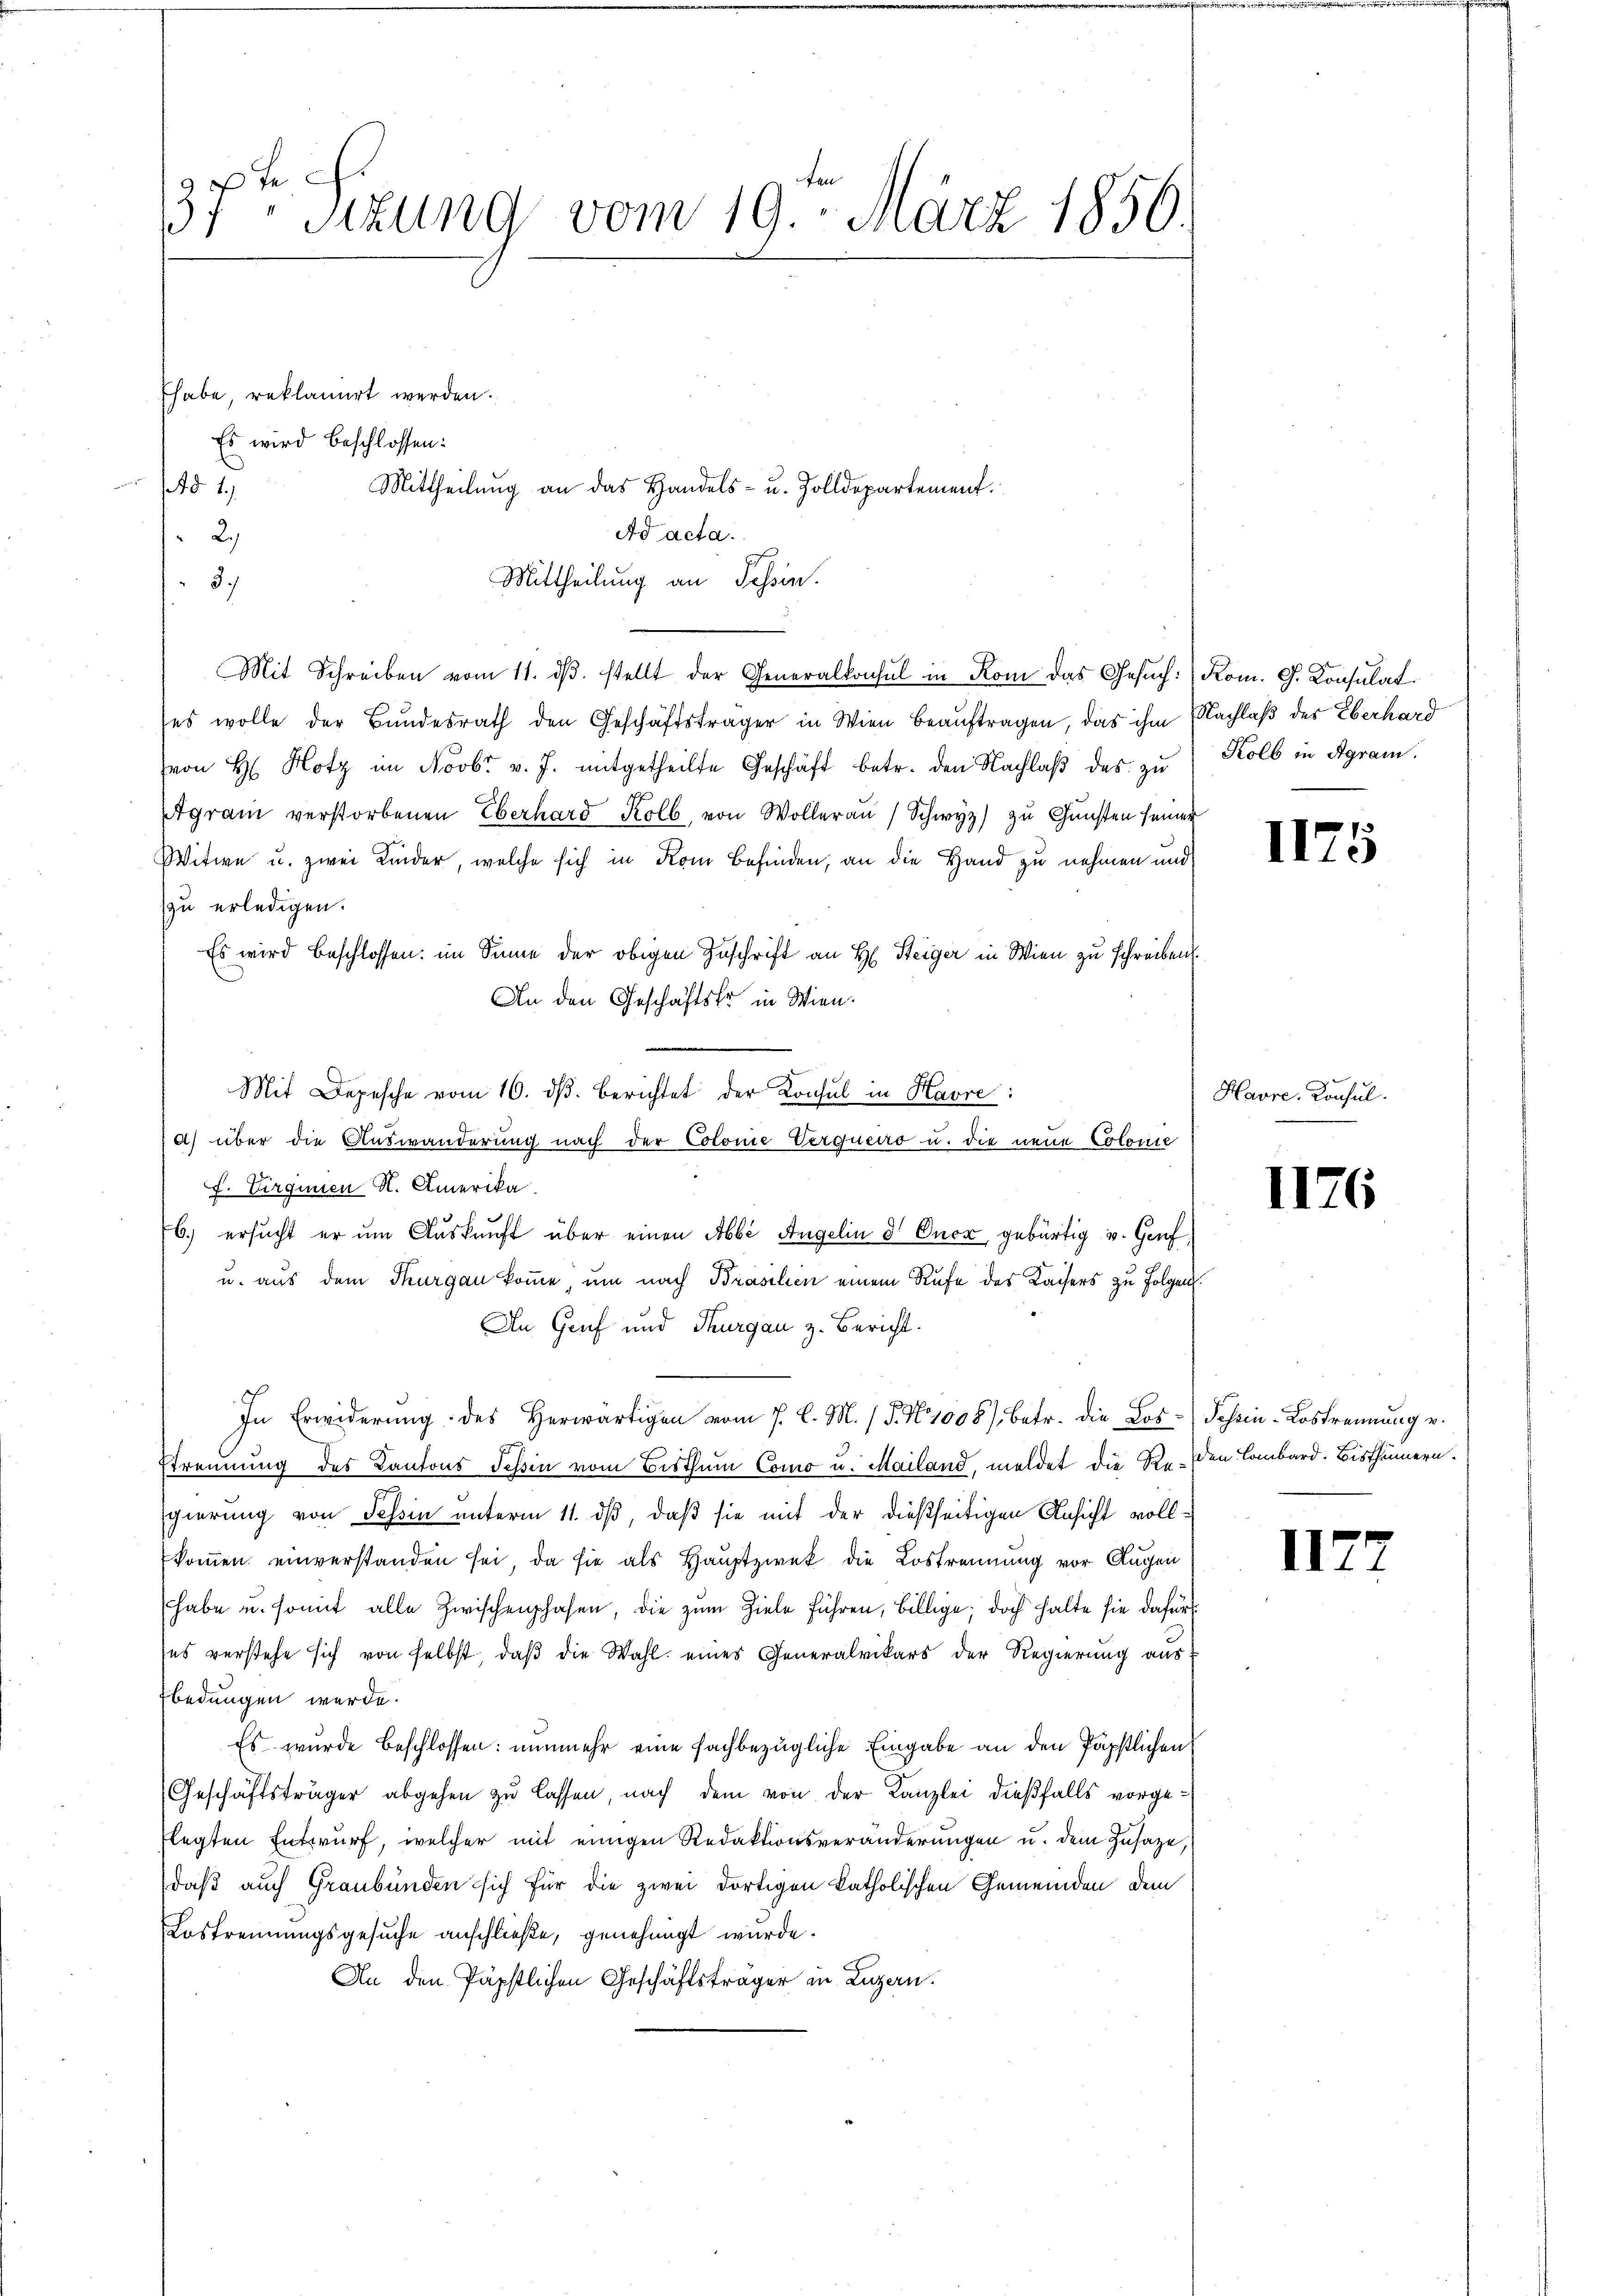
37ten Sizung vom 19. März 1856.

Ehabe, reklamirt werden.
Es wird beschlossen:
Mittheilung an Sessen.
Mit Schreiben vom 11. dβ. stellt der Generalkonsul in Rom das Gesŭch: Rom. G. Consulat
ses wolle der Bundesrath den Geschäftsträger in Wien beauftragen, das ihm Nachlaß der Eberhard
von H. Hotz im Novbr. v. J. mitgetheilte Geschäft betr. den Nachlaβ des zŭ Kolb in Agram.
tgram verstorbenen Eberhard Kolb, von Wollerau Schwyz) zu Gunsten seiner
Witwe u. zwei Kinder, welche sich in Kom Befinden, an die Hand zu nehmen und
zu erledigen.
Es wird beschlossen: im Sinne der obigen Zuschrift an H. Steiger in Wien zu schreiben.
An den Geschäftske in Wien.
Mit Depesche vom 16. dβ. Berichtet der Konsul in Havre:
a) über die Auswanderung nach der Colonie Verquerro u. die neue Colonie
F. Virginien H. Amerika
6.) ersucht er ŭm Aŭskŭnft über einen Abbe Angelin d Ouca, gebürtig v. Genf,
u. aus dem Thurgau komme, um nach Brasilien einem Rufe des Kaisers zu Folgen.
An Genf und Thurgau z. Bericht.
In Erwiderung des Herwärtigen vom 7. d. M. (T. No 1008). Betr. die Los- Schein-Lostrennung u.
trennung des Kantons Teßin vom Bisthum Como u. Mailand, meldet die Reden Lombard. Bistheimern.
sgierung von Tessin unterm 11. ds, daß sie mit der dießseitigen Ansicht vollkommen einverstanden sei, da sie als Hauptzwek die Lostrennung vor Augen
habe u. somit alle Zwischenphasen, die zŭm Ziele führen, billige; doch halte sie dafür
ses verstehe sich von selbst, daß die Wahl eines Generalvikars der Regierung aus
fbedungen werde.
Es wurde beschlossen: nunmehr eine fachbezügliche Eingabe an den Päpstlichen
(Geschäftsträger abgehen zu lassen, nach dem von der Kanzlei dießfalls vorgeflegten Entwurf, welcher mit einigen Redaktionsveränderungen u. dem Zusage,
daß auch Graubünden sich für die zwei dortigen katholischen Gemeinden dem
Lostrennungsgesuche anschließe, genehmigt wurde.
An den Päpstlichen Geschäftsträger in Luzern.

251.
2.)
3.)

Mittheilung an das Handels- u. Zolldepartement.
Ad acta.

II2

II.

II.

5

Havre, Konsul

s